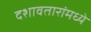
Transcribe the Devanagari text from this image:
दशावतारांमध्ये